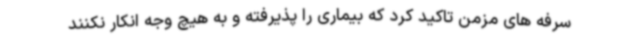
سرفه های مزمن تاکید کرد که بیماری را پذیرفته و به هیچ وجه انکار نکنند